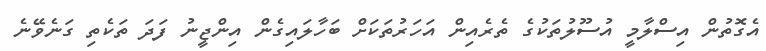
އެގޮތުން އިސްލާމީ އުސޫލުތަކުގެ ތެރެއިން އަހަރުތަކަށް ބަހާލައިގެން އިންޖީނު ފަދަ ތަކެތި ގަނެވޭނެ